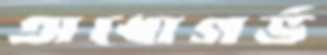
অধোগর্ভ